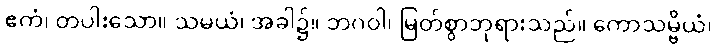
ဧကံ၊ တပါးသော။ သမယံ၊ အခါ၌။ ဘဂဝါ၊ မြတ်စွာဘုရားသည်။ ကောသမ္ဗိယံ၊